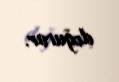
doğurur.